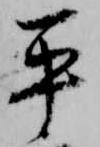
平